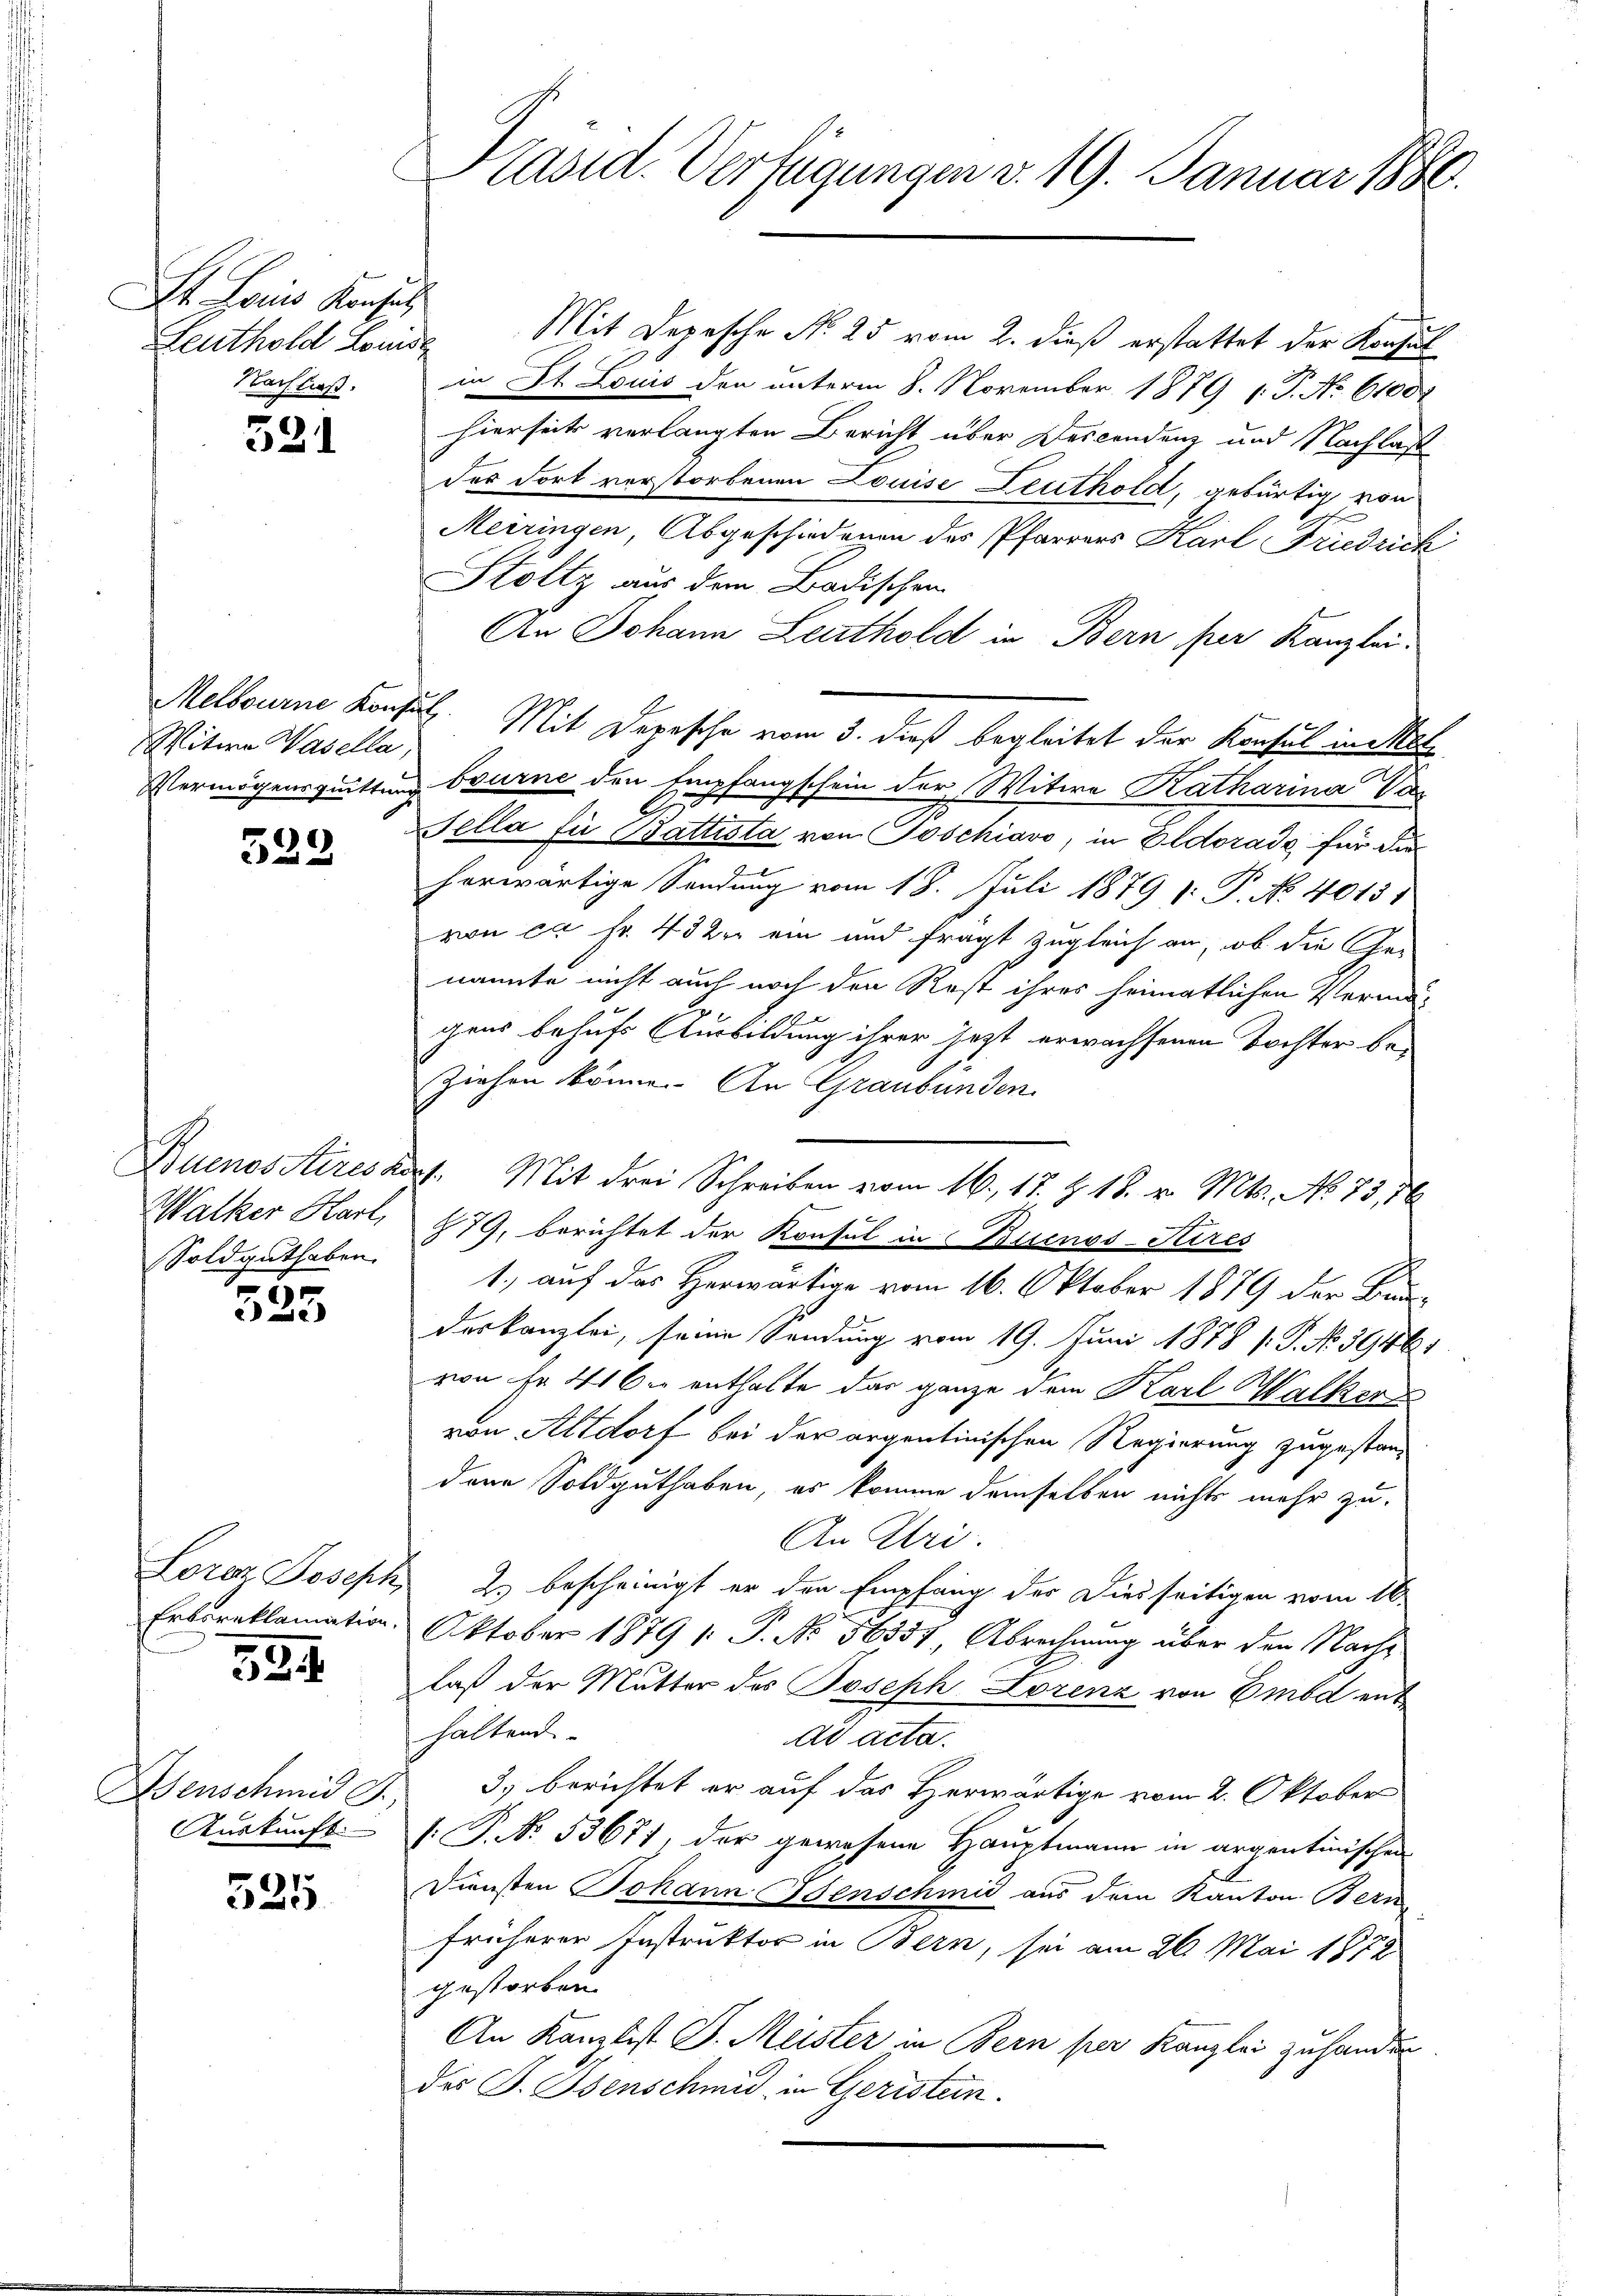
St. Lois Konsult
Leuthold Louise
Nachließ.

521

Witwe Wasella,

)
32

Walker Harl,
Soldguthaben.

t
323

Lorenz Joseph
Erbsreklamation.

324

Benschmid G.
Auskunft.

525

Präsid. Verfügungen v. 19. Januar 1880.

Mit Depesche No 25 vom 2. dieß erstattet der Konsul
in St. Louis den unterm 8. November 1879 ( P. Nr. 6100
hierseits verlangten Bericht über Descendenz und Nachlaß
der Fort verstorbenen Louise Deuthold, gebürtig von
Meiringen, Abgeschiedenen des Pfarrers Karl Friedrich
Stoltz aus dem Badischen
An Johann Leuthold in Bern per Kanzlei.
Melbourne Konsuls. Mit Depesche vom 3. dieß begleitet der Konsul in Met
Vermögensquittung bourne den Empfangschein der Witwe Katharina Var
Sella fü Battista von Toschiavo, in Eldorado, für die
herwärtige Sendung vom 18. Juli 1879 v. P. No. 40151
von ca Fr. 432 ein und fragt zugleich an, ob die Genannte nicht auch noch den Rest ihres heimatlichen Vermögens behufs Ausbildung ihrer jetzt erwachsenen Tochter be-
Ziehen könne. An Graubünden.
Buenos Aires dort. Mit drei Schreiben vom 16. 17. & 18. v. Mts. No 75, 16
279, berichtet der Konsul in Buenos-Sires
1., auf das Herwärtige vom 16. Oktober 1879 der Bun-
deskanzlei, seine Sendung vom 19. Juni 1878 /: P. No 5946:
von fr 41 bis enthalte das ganze dem Karl Walkenz
von Altdorf bei der argentinischen Regierung zugestandene Soldguthaben, es komme demselben nichts mehr zu
An Uri.
2. bescheinigt er den Empfang des Diesseitigen vom 16.
Oktober 1879 /: P. No 56357, Abrechnung über den Nachlaß der Mutter des Joseph Lorenz von Embd enthaltend
ad acta.
3) berichtet er auf das Herwärtige vom 2. Oktober
.P. No. 53671, der gewesene Hauptmann in argentinischen
Diensten Johann Menschmid aus dem Kanton Bern
früherer Instruktor in Bern, sei am 26. Mai 1872
gestorben.
An Kanzlist J. Meister in Bern per Kanzlei zuhander
das J. Isenschmid in Geristein.